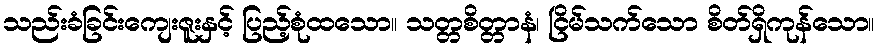
သည်းခံခြင်းကျေးဇူးနှင့် ပြည့်စုံထသော။ သတ္တစိတ္တာနံ၊ ငြိမ်သက်သော စိတ်ရှိကုန်သော။